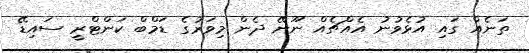
ތަނެއް ގައި އުޅެވުނު އެއްޗެއް ނޫނޭ ދެން މިވަރުގެ ޑަމްބް ކަންޓްރީ ސައިޑޭ